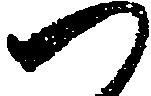
つ